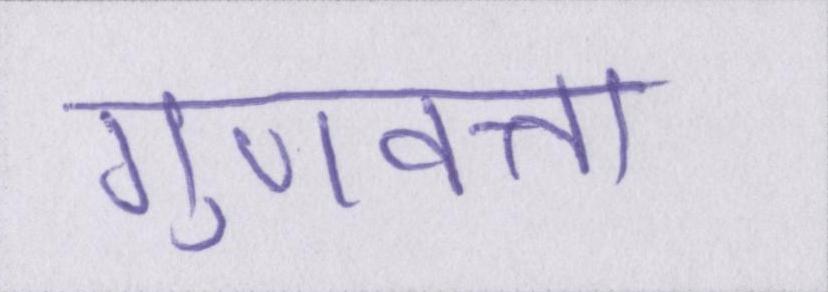
गुणवत्ता